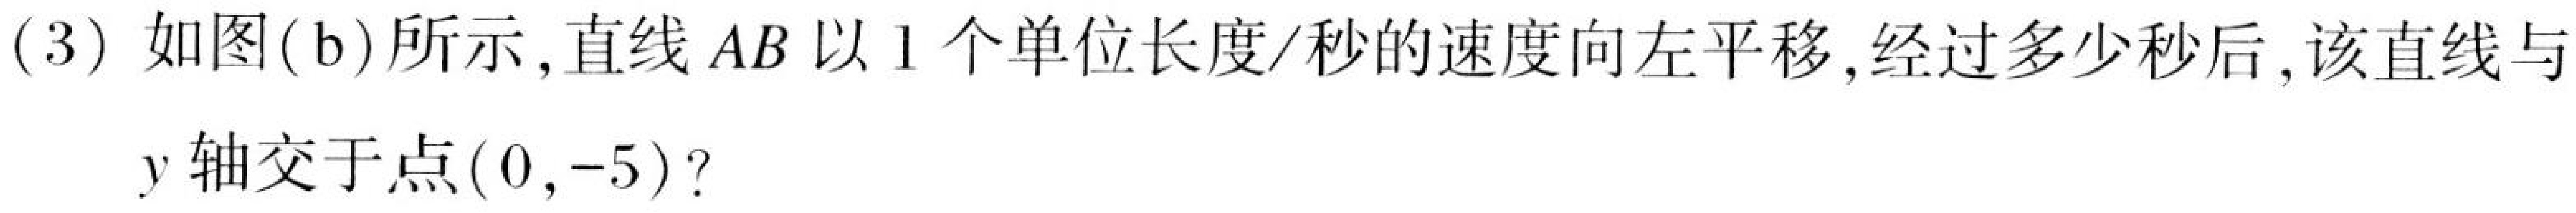
(3) 如图(b)所示,直线\(AB\)以\(1\)个单位长度/秒的速度向左平移,经过多少秒后,该直线与\(y\)轴交于点\((0,-5)\)?